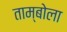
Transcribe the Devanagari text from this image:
ताम्बोला